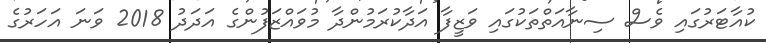
ކުއާޓަރުގައި ވެސް ސިނާއަތްތަކުގައި ވަޒީފާ އަދާކުރަމުންދާ މުވައްޒަފުންގެ އަދަދު 2018 ވަނަ އަހަރުގެ